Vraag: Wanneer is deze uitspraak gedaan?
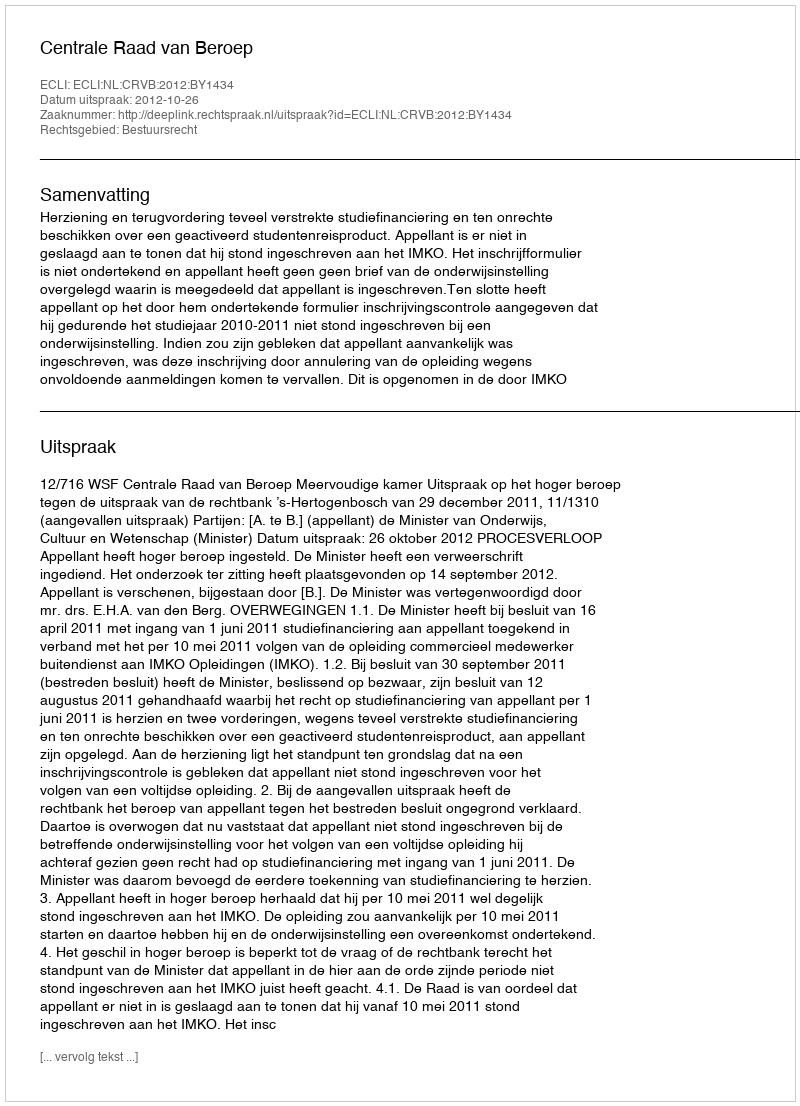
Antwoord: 2012-10-26